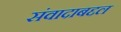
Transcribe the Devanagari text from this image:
संवादाबद्दल